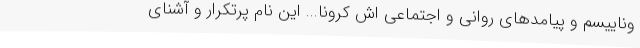
وناییسم و پیامدهای روانی و اجتماعی اش کرونا... این نام پرتکرار و آشنای